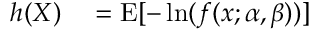
\begin{array} { r l } { h ( X ) } & { { } = \operatorname { E } [ - \ln ( f ( x ; \alpha , \beta ) ) ] } \end{array}